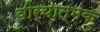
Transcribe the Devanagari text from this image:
वीर्यात्मक